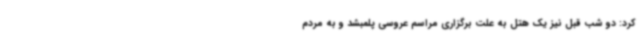
کرد: دو شب قبل نیز یک هتل به علت برگزاری مراسم عروسی پلمبشد و به مردم